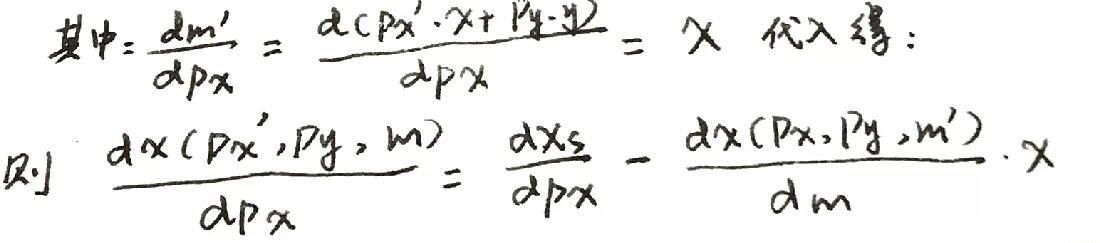
其中: $\frac{dm'}{dpx}=\frac{d(px'\cdot x + py\cdot y)}{dpx}=x$ 代入得:
则 $\frac{dx(px', py, m)}{dpx}=\frac{dx_s}{dpx}-\frac{dx(px, py, m')}{dm}\cdot x$